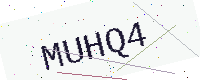
Text: MUHQ4